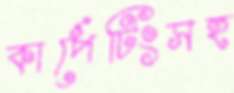
কার্পেটিংসহ